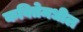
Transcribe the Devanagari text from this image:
कवितेमधील